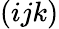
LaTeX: (ijk)